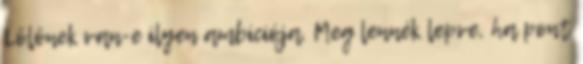
Lölönek van-e ilyen ambíciója. Meg lennék lepve, ha pont